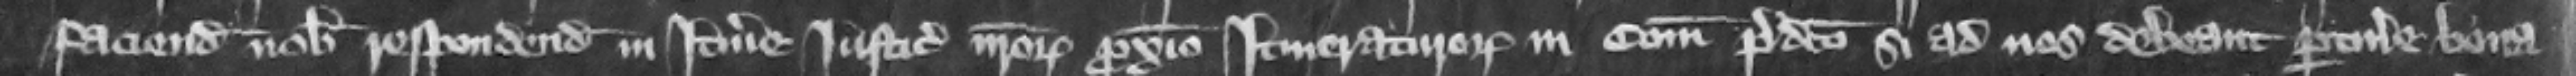
faciendam nobis respondendi in itinere iusticiariorum nostrorum proximo itineraturorum in comitatu predicto si ad nos debeant pertinere bona